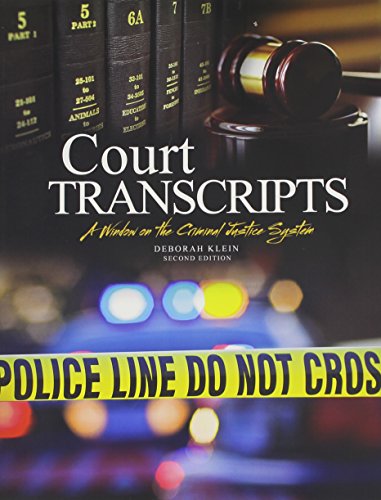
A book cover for Court Transcripts: A Window on the Criminal Justice System; KLEIN  DEBORAH; Law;